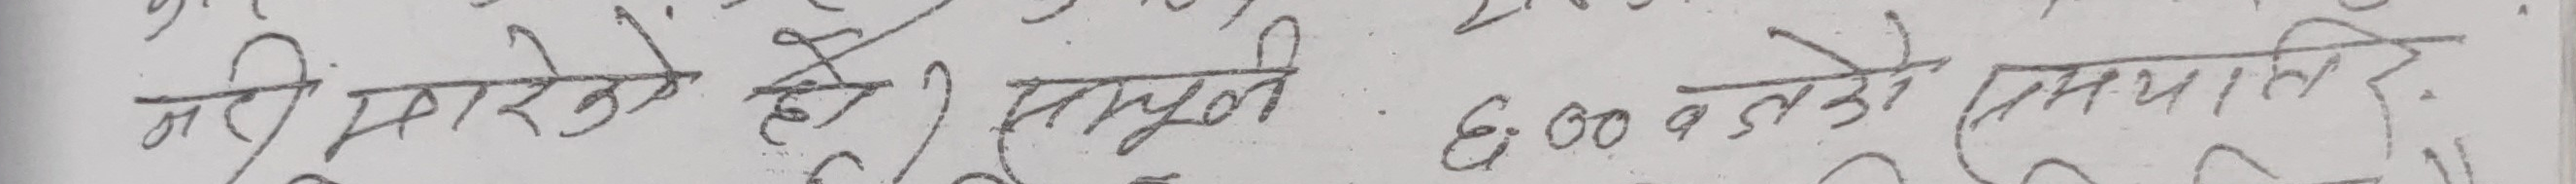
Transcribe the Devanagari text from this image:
मरी मारके ही संभुक्त ६.०० बजे माथि।